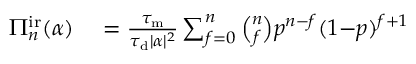
\begin{array} { r l } { \Pi _ { n } ^ { \mathrm { i r } } ( \alpha ) } & { { } = \frac { \tau _ { \mathrm { m } } } { \tau _ { \mathrm { d } } | \alpha | ^ { 2 } } \sum _ { f = 0 } ^ { n } \binom { n } { f } p ^ { n - f } ( 1 { - } p ) ^ { f + 1 } } \end{array}